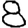
Digit: 8